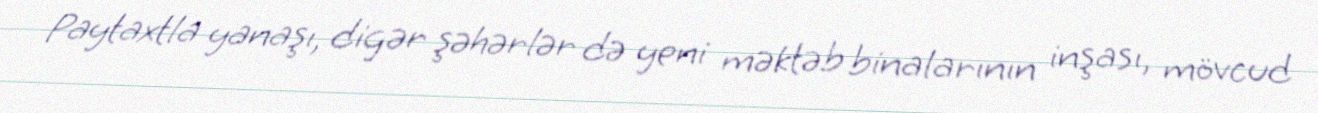
Paytaxtla yanaşı, digər şəhərlər də yeni məktəb binalarının inşası, mövcud